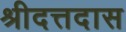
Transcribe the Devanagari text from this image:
श्रीदत्तदास